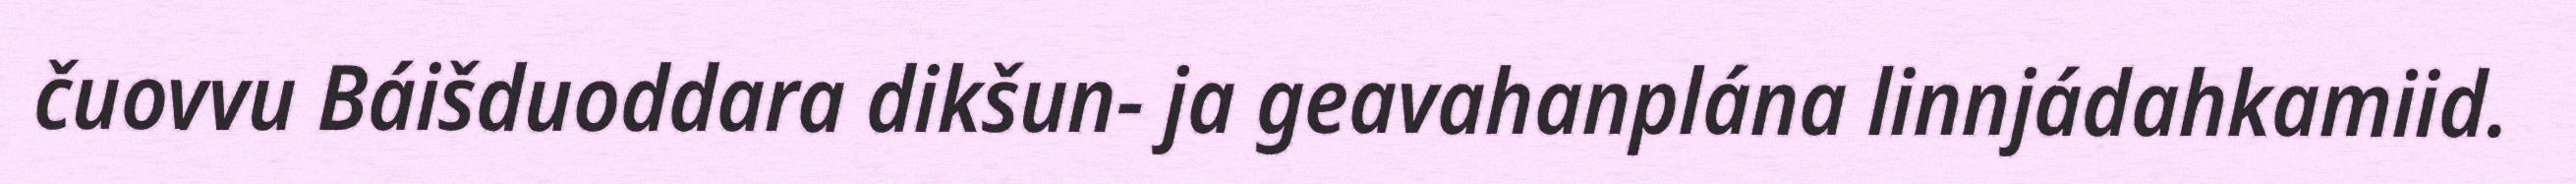
čuovvu Báišduoddara dikšun- ja geavahanplána linnjádahkamiid.